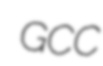
GCC